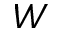
W